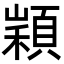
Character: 𩓵